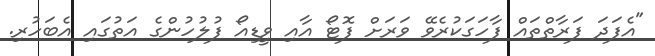
"އެފަދަ ފަރާތްތައް ފާހަގަކުރެވޭ ވަރަށް ފޮޓޯ އާއި ވީޑިއޯ ފުލުހުންގެ އަތުގައި އެބަހުރި.